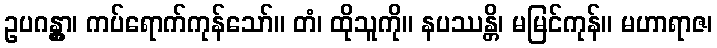
ဥပဂန္တွာ၊ ကပ်ရောက်ကုန်သော်။ တံ၊ ထိုသူကို။ နပဿန္တိ၊ မမြင်ကုန်။ မဟာရာဇ၊